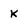
Character: K